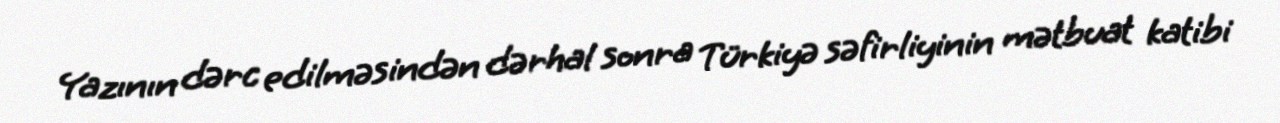
Yazının dərc edilməsindən dərhal sonra Türkiyə səfirliyinin mətbuat katibi